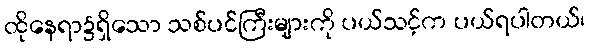
ထိုနေရာ၌ရှိသော သစ်ပင်ကြီးများကို ပယ်သင့်က ပယ်ရပါတယ်၊